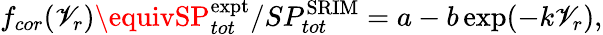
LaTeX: f_{cor}(\mathscr{V}_{r})\equivSP_{tot}^{\mathrm{{expt}}}/SP_{tot}^{\mathrm{{SRIM}}}=a-b\exp(-k\mathscr{V}_{r}),